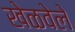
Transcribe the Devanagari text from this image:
खेळवेले